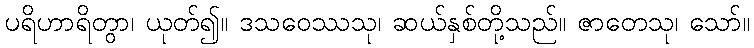
ပရိဟာရိတွာ၊ ယုတ်၍။ ဒသဝေဿသု၊ ဆယ်နှစ်တို့သည်။ ဇာတေသု၊ သော်။